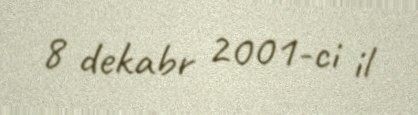
8 dekabr 2001-ci il